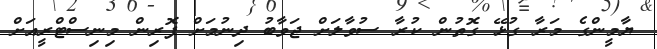
ޔާމީންގެ މަރާ ގުޅޭ ގޮތުން ކުރާ ސުވާލަށް ޖަވާބު ދިނުމަށް ފޮރިން މިނިސްޓްރީއަށް